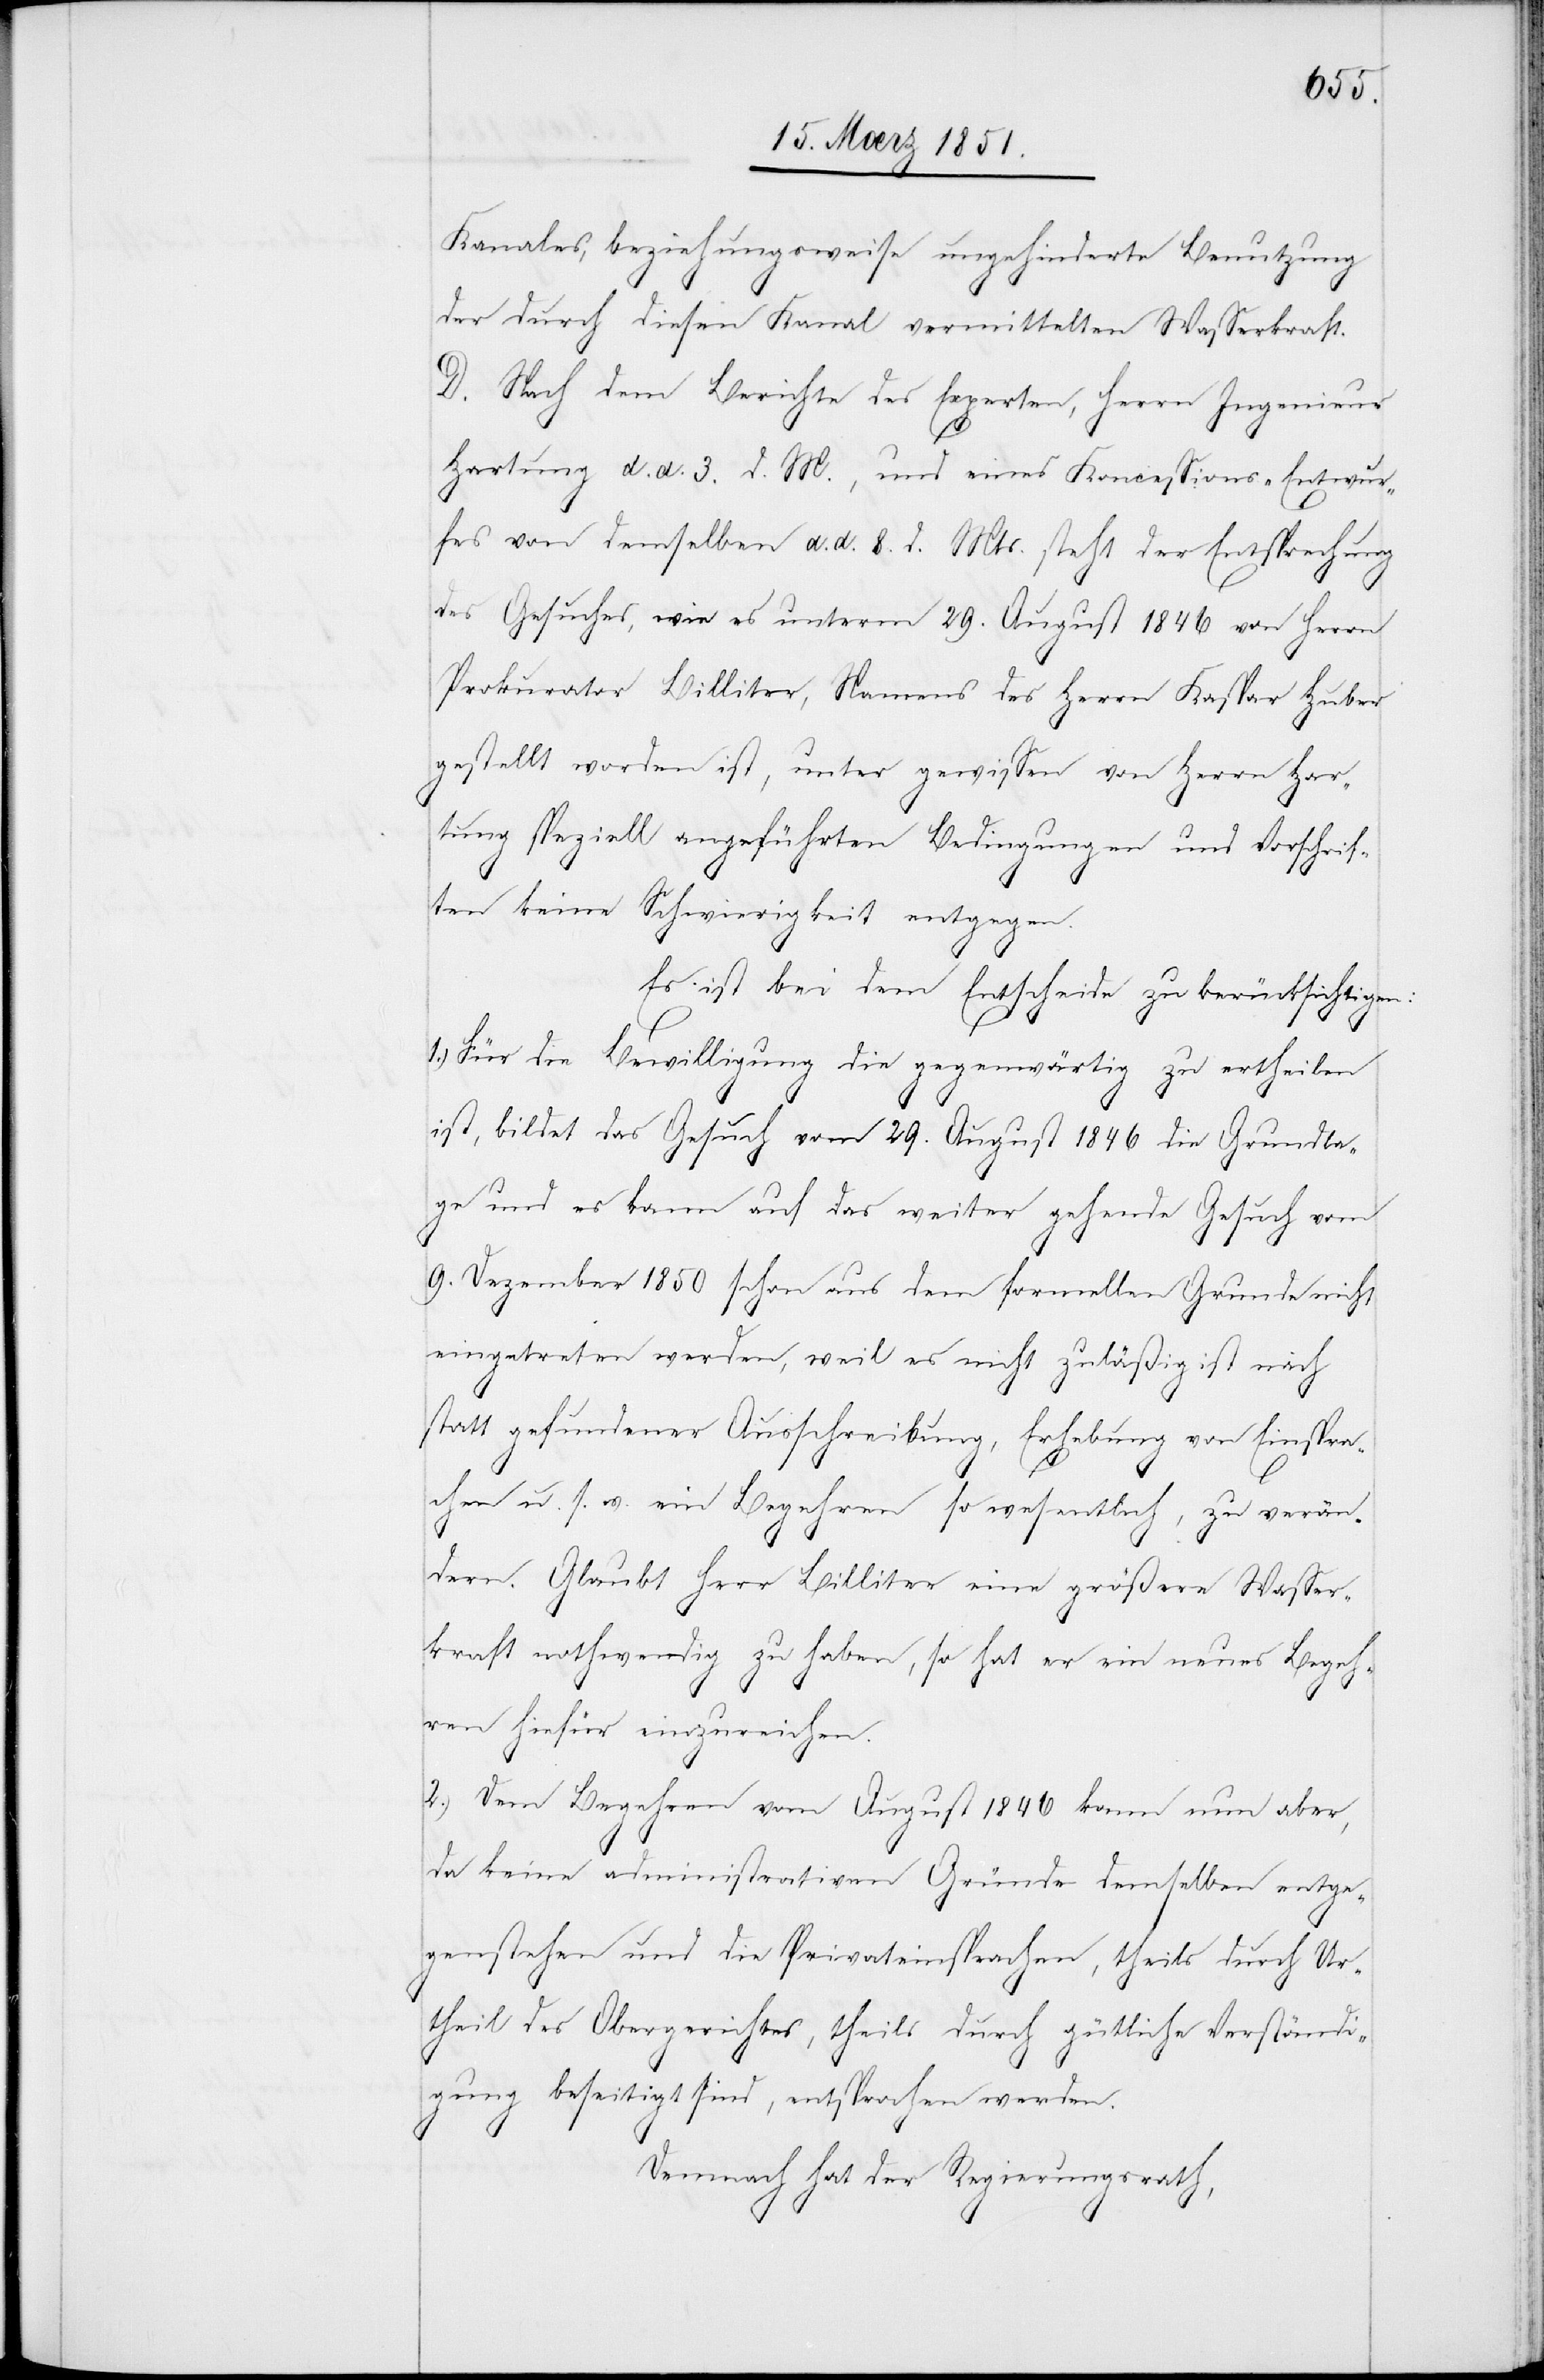
Kanales, beziehungsweise ungehinderte Benutzung
der durch diesen Kanal vermittelten Wasserkraft.
D. Nach dem Berichte des Experten, Herrn Ingenieur
Hartung d. d. 3. d. M., und eines Koncessions-Entwur¬
fes von demselben d. d. 8. d. Mts. steht der Entsprechung
des Gesuches, wie es unterm 29. August 1846 von Herrn
Prokurator Billiter, Namens des Herrn Kaspar Huber
gestellt worden ist, unter gewissen von Herrn Har¬
tung speziell angeführten Bedingungen und Vorschrif¬
ten keine Schwierigkeit entgegen.
Es ist bei dem Entscheide zu berücksichtigen:
1.) Für die Bewilligung die gegenwärtig zu ertheilen
ist, bildet das Gesuch vom 29. August 1846 die Grundla¬
ge und es kann auf das weiter gehende Gesuch vom
9. Dezember 1850 schon aus dem formellen Grunde nicht
eingetreten werden, weil es nicht zuläßig ist nach
statt gefundener Ausschreibung, Erhebung von Einspra¬
chen u. s. w. ein Begehren so wesentlich, zu verän¬
dern. Glaubt Herr Billiter eine größere Wasser¬
kraft nothwendig zu haben, so hat er ein neues Begeh¬
ren hiefür einzureichen.
2.) Dem Begehren vom August 1846 kann nun aber,
da keine administrativen Gründe demselben entge¬
genstehen und die Privateinsprachen, theils durch Ur¬
theil des Obergerichtes, theils durch gütliche Verständi¬
gung beseitigt sind, entsprochen werden.
Demnach hat der Regierungsrath,